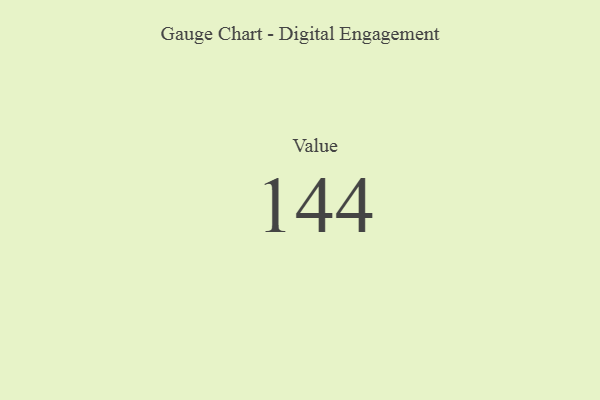
{"axis": {"x": "Metric", "y": "Value"}, "legend": [""], "data": [{"x": "Value", "y": 144, "type": ""}]}